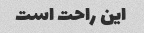
این راحت است